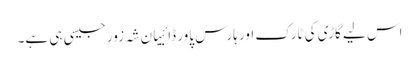
اس لیے گاڑی کی ٹارک اور ہارس پاور ڈائیہان شہ زور جیسی ہی ہے۔